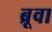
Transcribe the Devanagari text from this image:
ब्रूवा